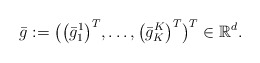
\begin{align*}\bar{g} := \bigl( \bigl(\bar{g}_1^1\bigr)^T,\dots,\bigl(\bar{g}_K^K\bigr)^T\bigr)^T \in \mathbb{R}^d .\end{align*}